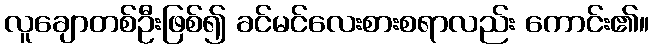
လူချောတစ်ဦးဖြစ်၍ ခင်မင်လေးစားစရာလည်း ကောင်း၏။